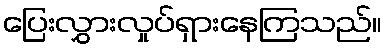
ပြေးလွှားလှုပ်ရှားနေကြသည်။